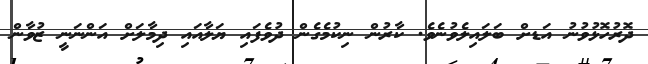
ދޮރުހޮޅުވުނު އަޑށް ބަލައިލެވުނެވެ. ކާރުން ނިކުމެގެން ދުވެފައި ޔަލާއައި ދިމާލަށް އަންނަނީ ޒުވާން